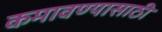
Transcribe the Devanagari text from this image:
कमावण्यासाठी